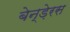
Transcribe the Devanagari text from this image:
बेन्ड़ेरस